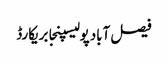
فیصل آبادپولیسپنجابریکارڈ